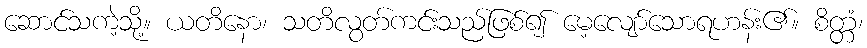
ဆောင်သကဲ့သို့။ ယတိနော၊ သတိလွတ်ကင်းသည်ဖြစ်၍ မေ့လျော်သောရဟန်း၏။ စိတ္တံ၊